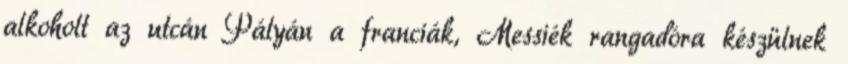
alkoholt az utcán Pályán a franciák, Messiék rangadóra készülnek